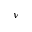
\nu